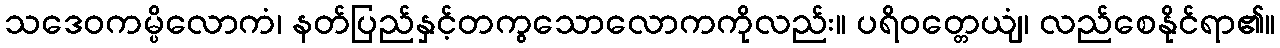
သဒေဝကမ္ပိလောကံ၊ နတ်ပြည်နှင့်တကွသောလောကကိုလည်း။ ပရိဝတ္တေယျံ၊ လည်စေနိုင်ရာ၏။